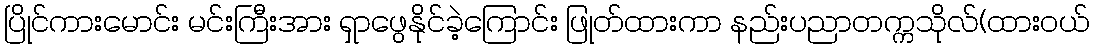
ပြိုင်ကားမောင်း မင်းကြီးအား ရှာဖွေနိုင်ခဲ့ကြောင်း ဖြုတ်ထားကာ နည်းပညာတက္ကသိုလ်(ထားဝယ်